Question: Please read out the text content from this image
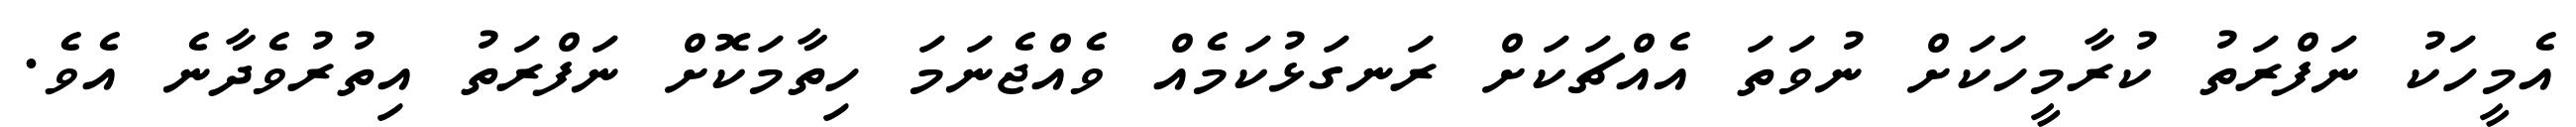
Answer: އެމީހަކު ނަފްރަތު ކުރާމީހަކަށް ނުވަތަ އެއްޗަކަށް ރަނގަޅުކަމެއް ވެއްޖެނަމަ ހިތާމަކޮށް ނަފްރަތު އިތުރުވެދާނެ އެވެ.